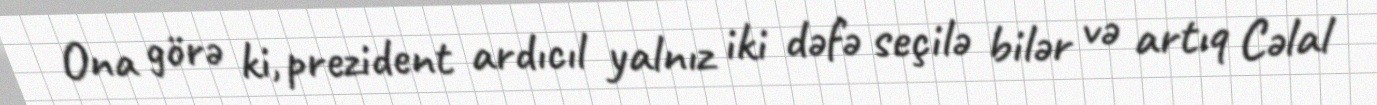
Ona görə ki, prezident ardıcıl yalnız iki dəfə seçilə bilər və artıq Cəlal